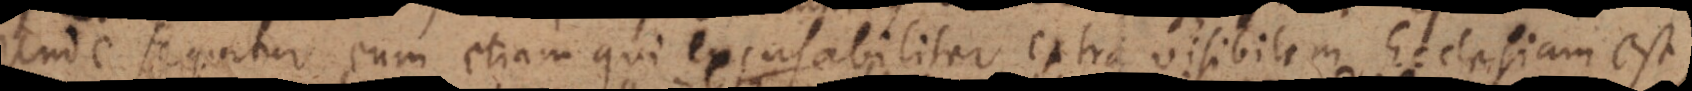
Unde sequitur eum etiam qui excusabiliter extra visibilem Ecclesiam est,